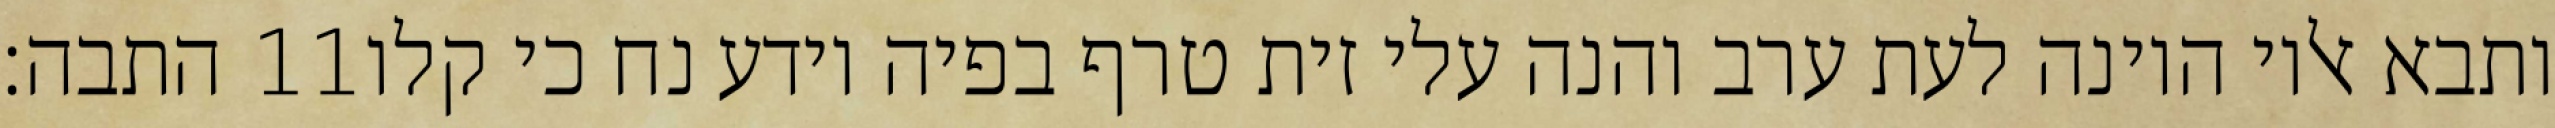
התבה׃ ‎11‏ ותבא אליו היונה לעת ערב והנה עלי זית טרף בפיה וידע נח כי קלו